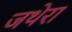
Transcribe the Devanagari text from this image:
जथेरा